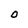
Character: O